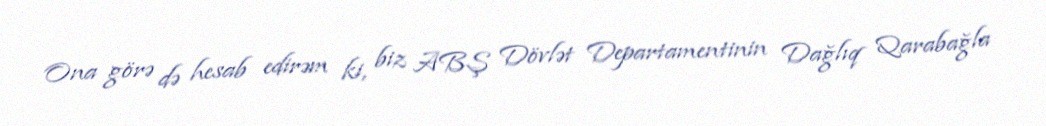
Ona görə də hesab edirəm ki, biz ABŞ Dövlət Departamentinin Dağlıq Qarabağla